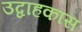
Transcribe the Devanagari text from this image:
उद्वाहकांस